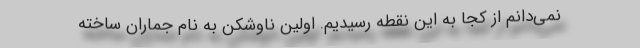
نمی‌دانم از کجا به این نقطه رسیدیم. اولین ناوشکن به نام جماران ساخته